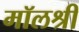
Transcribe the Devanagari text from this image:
मॉलश्री